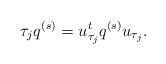
LaTeX: \begin{align*} \tau_j q^{(s)}=u_{\tau_j}^t q^{(s)} u_{\tau_j}. \end{align*}